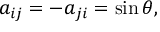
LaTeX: a _ { i j } = - a _ { j i } = \sin \theta ,